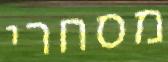
מסחרי